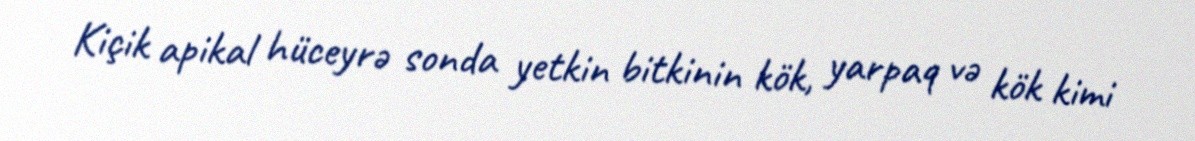
Kiçik apikal hüceyrə sonda yetkin bitkinin kök, yarpaq və kök kimi